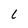
Character: l